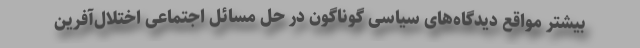
بیشتر مواقع دیدگاه‌های سیاسی گوناگون در حل مسائل اجتماعی اختلال‌آفرین